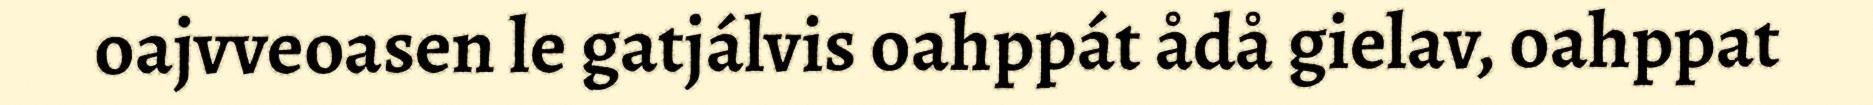
oajvveoasen le gatjálvis oahppát ådå gielav, oahppat